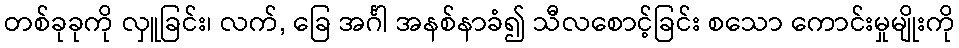
တစ်ခုခုကို လှူခြင်း၊ လက်, ခြေ အင်္ဂါ အနစ်နာခံ၍ သီလစောင့်ခြင်း စသော ကောင်းမှုမျိုးကို